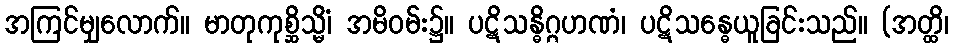
အကြင်မျှလောက်။ မာတုကုစ္ဆိသ္မိံ၊ အမိဝမ်း၌။ ပဋိသန္ဓိဂ္ဂဟဏံ၊ ပဋိသန္ဓေယူခြင်းသည်။ (အတ္ထိ၊